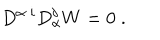
D ^ { \alpha \; i } D _ { \alpha } ^ { j } W = 0 \; .